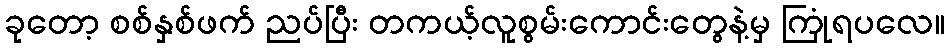
ခုတော့ စစ်နှစ်ဖက် ညပ်ပြီး တကယ့်လူစွမ်းကောင်းတွေနဲ့မှ ကြုံရပလေ။